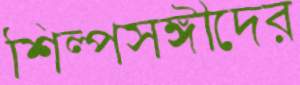
শিল্পসঙ্গীদের